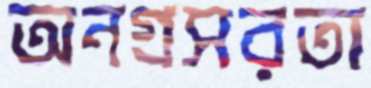
অনগ্রসরতা